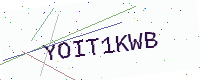
Text: YOIT1KWB